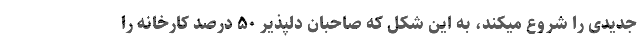
جدیدی را شروع میکند، به این شکل که صاحبان دلپذیر ۵۰ درصد کارخانه را